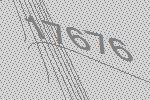
17676